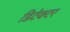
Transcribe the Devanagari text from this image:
डिटेक्‍टर